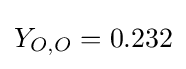
Y_{O,O}=0.232